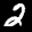
Label: 2